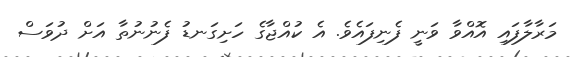
މަރާލާފައި އޮއްވާ ވަނީ ފެނިފައެވެ. އެ ކުއްޖާގެ ހަށިގަނޑު ފެނުނުތާ އަށް ދުވަސް